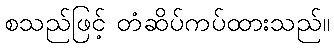
စသည်ဖြင့် တံဆိပ်ကပ်ထားသည်။